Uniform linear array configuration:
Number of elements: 64
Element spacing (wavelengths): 0.5
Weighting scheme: binomial
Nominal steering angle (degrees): -15
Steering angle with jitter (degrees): -13.587
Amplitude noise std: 0.05
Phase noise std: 0.05

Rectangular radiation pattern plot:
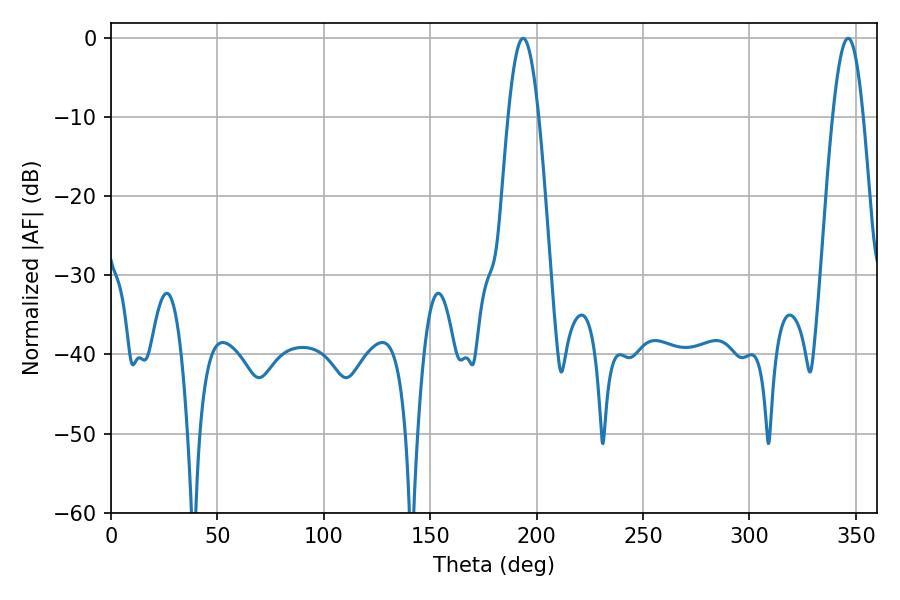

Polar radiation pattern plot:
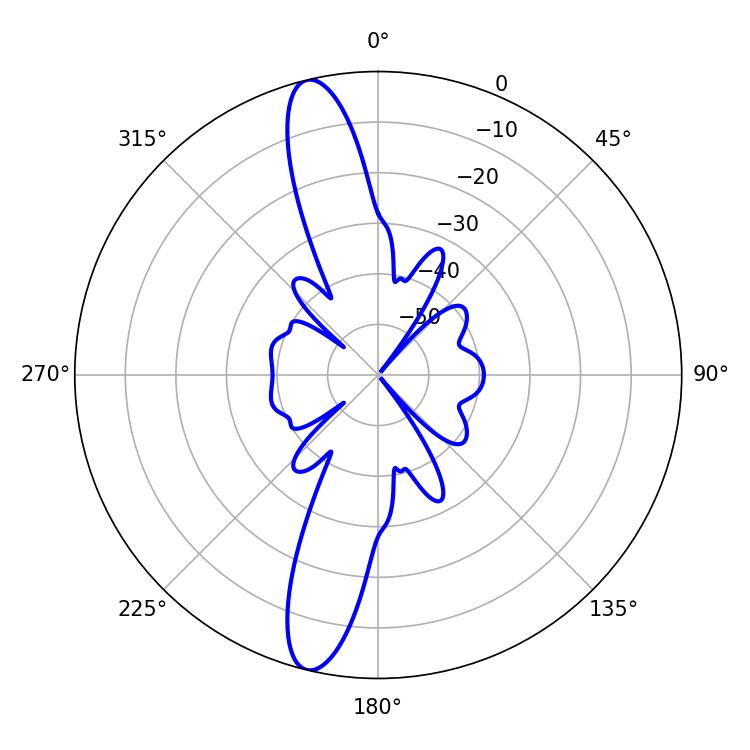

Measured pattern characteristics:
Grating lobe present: FALSE
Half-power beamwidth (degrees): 7.92
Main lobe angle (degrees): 193.68